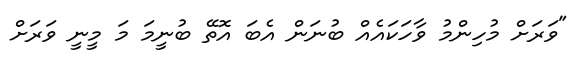
"ވަރަށް މުހިންމު ވާހަކައެއް ބުނަން އެބަ އޮތޭ ބުނީމަ މަ މީނީ ވަރަށް